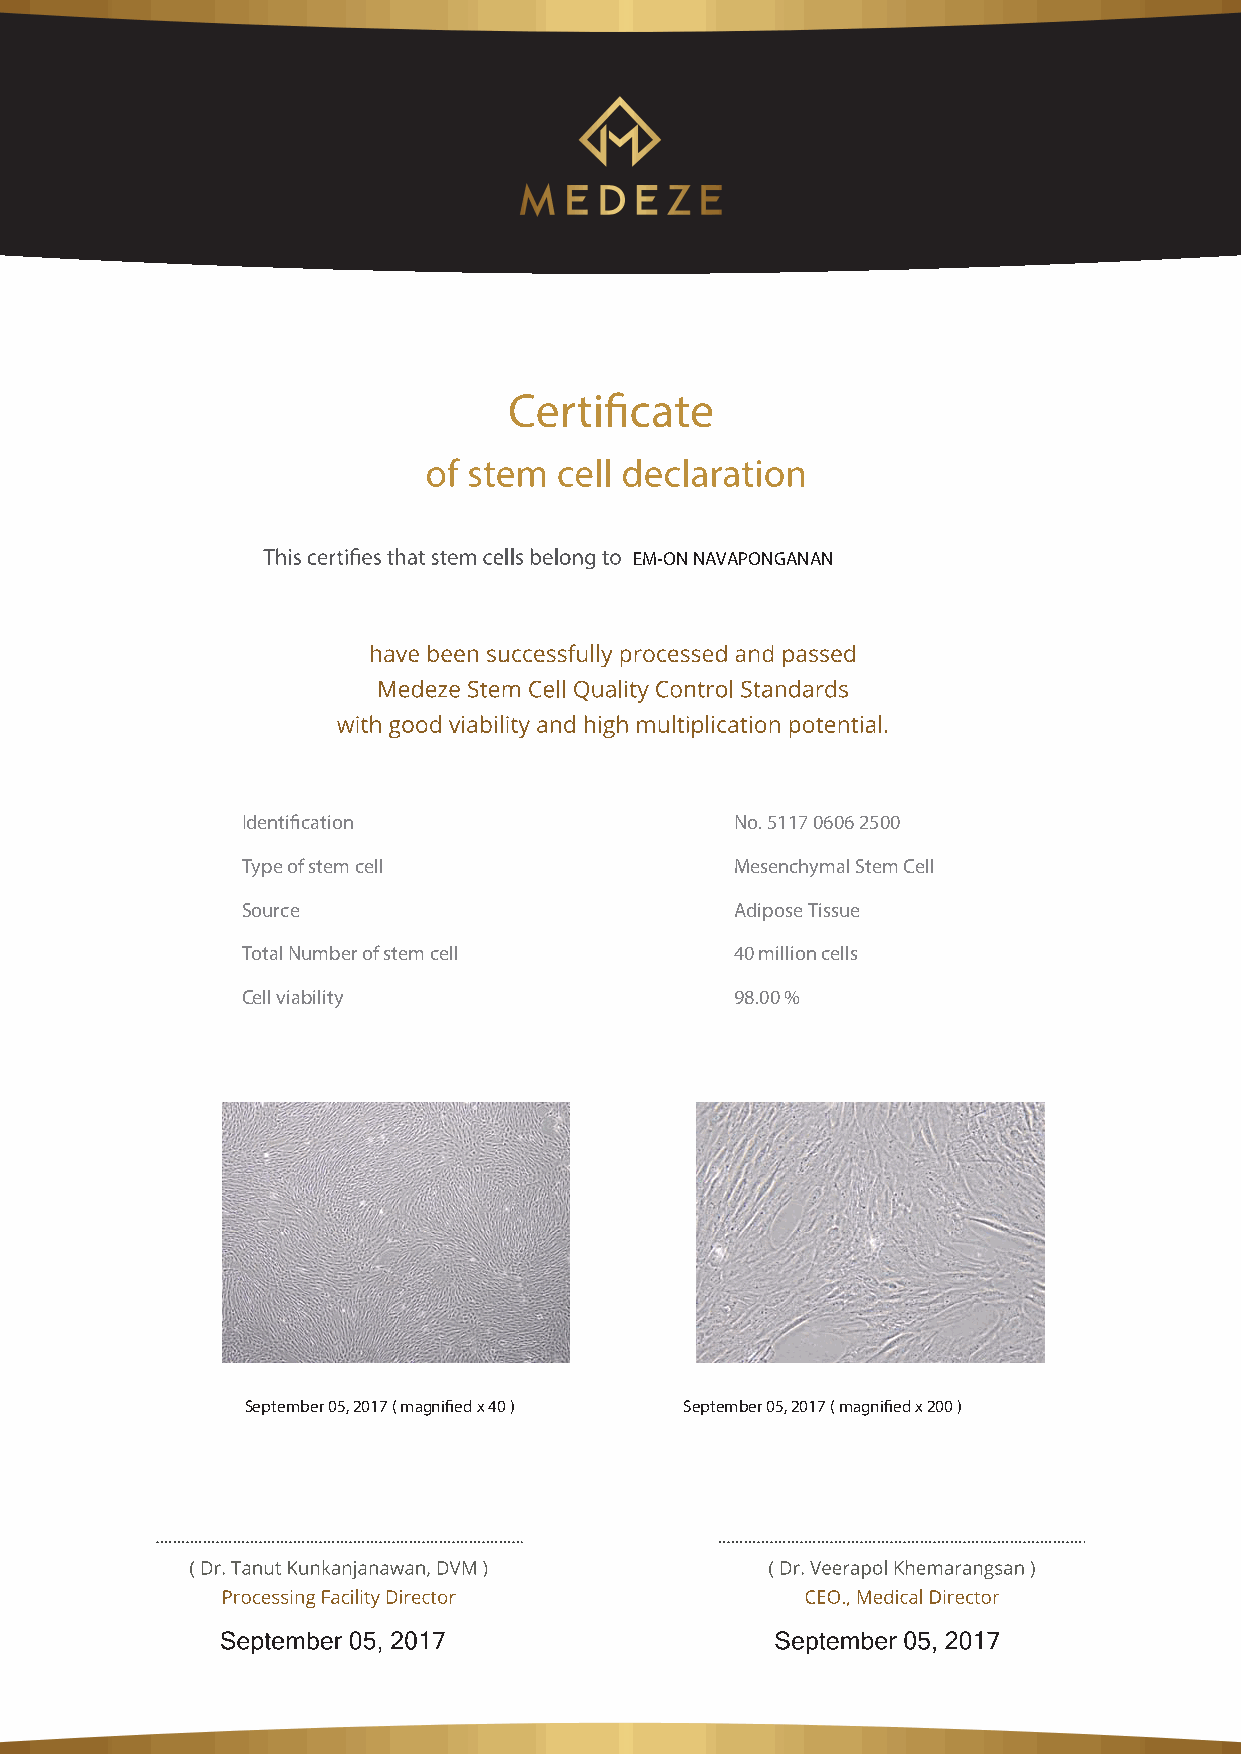
EM-ON NAVAPONGANAN
 Identification                   No. 5117 0606 2500
 Type of stem cell                Mesenchymal Stem Cell
 Source                           Adipose Tissue
 Total Number of stem cell        40 million cells
 Cell viability                   98.00 %
 September 05, 2017 ( magnified x 40 ) September 05, 2017 ( magnified x 200 )